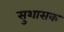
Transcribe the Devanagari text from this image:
सुशासक